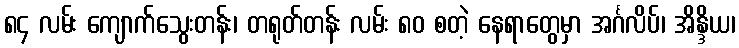
၈၄ လမ်း ကျောက်သွေးတန်း၊ တရုတ်တန်း လမ်း ၈၀ စတဲ့ နေရာတွေမှာ အင်္ဂလိပ်၊ အိန္ဒိယ၊